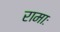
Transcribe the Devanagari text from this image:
रामाः